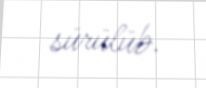
sürülüb.